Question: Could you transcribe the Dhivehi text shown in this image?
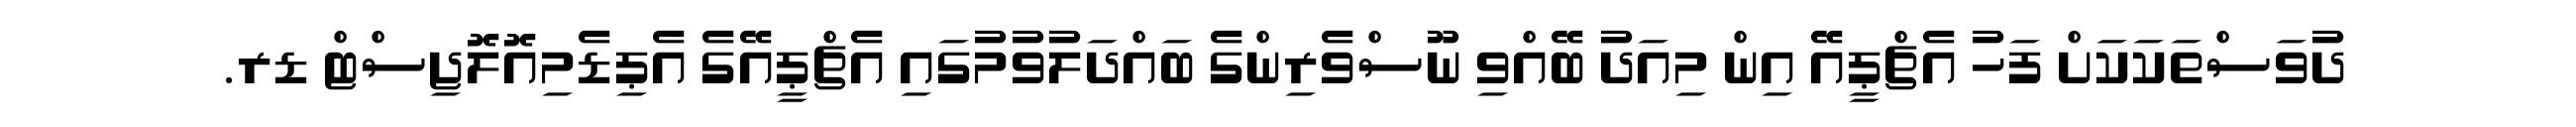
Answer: ދުވަސްތަކަކަށް ފަހު އެޗްޕީއޭ އިން މިއަދު ބޭއްވި ނޫސްވެރިންގެ ބައްދަލުވުމުގައި އެޗްޕީއޭގެ އެޕިޑެމިއޮލޮޖިސްޓް ޑރ.